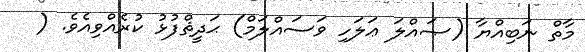
މާތް ނަބިއްޔާ (ޞައްލަ ޢަލަހި ވަސައްލަމް) ޙަދީޘްފުޅު ކުރެއްވިއެވެ. (